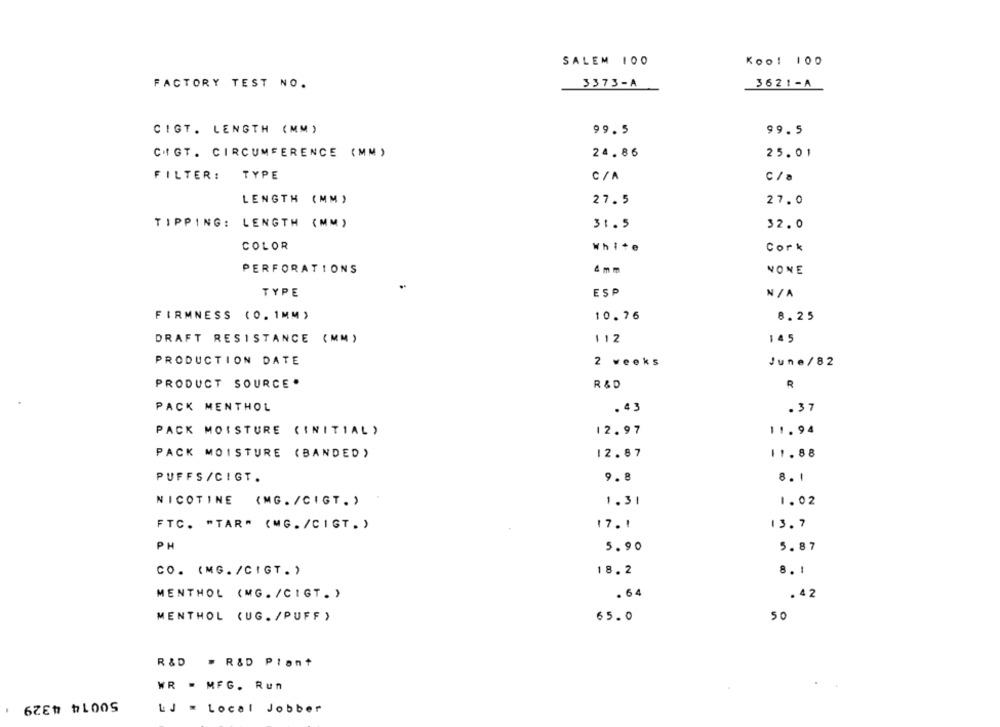
SALEM 100
Koo! 100
FACTORY TEST NO.
3373-A
3621-A
CIGT. LENGTH (MM)
99.5
99.5
CHIGT. CIRCUMFERENCE (MM)
24.86
25.01
TYPE
FILTER:
C /A
c / a
LENGTH (MM)
27.5
27.0
TIPPING: LENGTH (MM)
31.5
32.0
COLOR
White
cork
4mm
PERFORATIONS
NONE
TYPE
ESP
N /A
FIRMNESS (0.1MM )
10.76
8.25
DRAFT RESISTANCE (MM)
112
145
PRODUCTION DATE
2 weeks
June /82
PRODUCT SOURCE .
R&D
PACK MENTHOL
. 43
.37
PACK MOISTURE (INITIAL )
12.97
11.94
PACK MOISTURE (BANDED)
12.87
11.88
PUFFS /CIGT.
9.8
8.1
NICOTINE (MG. /CIGT.)
1.31
1.02
17.1
13.7
FTC. "TAR" (MG. /CIGT. )
PH
5.90
5.87
CO. (MG. /CIGT. )
18.2
8. 1
MENTHOL (MG. /CIGT. )
.64
. 42
MENTHOL (UG. /PUFF )
65.0
50
R &D . R&D Plant
WR . MFG. Run
50014 4329
.
LJ " Local Jobber